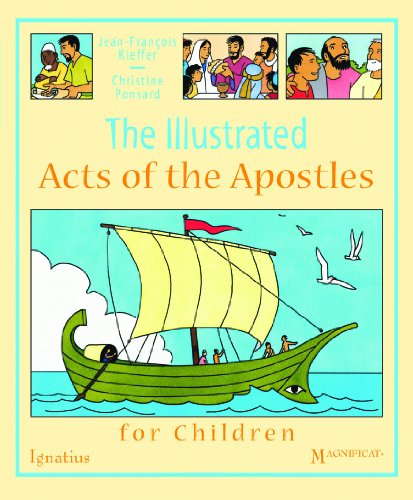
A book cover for The Illustrated Acts of the Apostles for Children; Jean-Francois Kieffer; Comics & Graphic Novels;